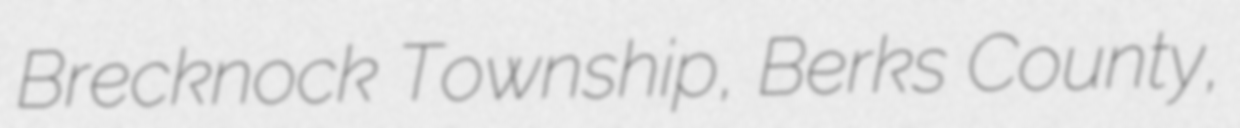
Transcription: Brecknock Township, Berks County,